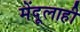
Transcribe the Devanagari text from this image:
मेंदूलाही